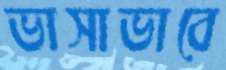
ভাসাভাবে